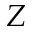
Z